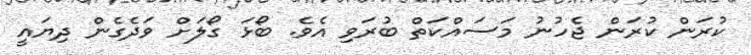
ކުރަން ކުރަން ޖެހުނު މަސައްކަތް ބުރަވި އެވެ. ބޯޅަ ގޯލަށް ވަދެގެން ދިޔައީ